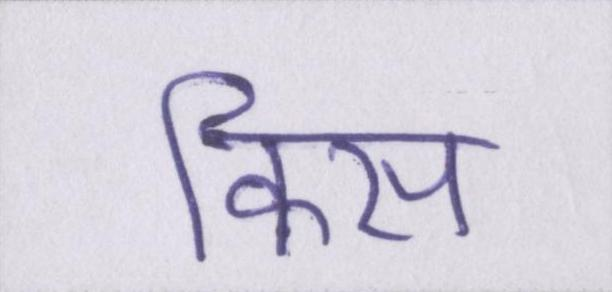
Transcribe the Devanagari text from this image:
किस